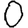
Digit: 0